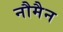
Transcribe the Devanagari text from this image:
नौमैन